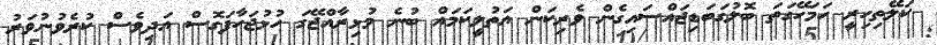
ކަލޭތިހިރީ ހަމަހޭގަތަ ބޮލުގަބަޑިޖައްސައިގެން ވެރިކަން އަތުލީކަމައް ބުނެ މުޅިރާއްޖޭގަ ހުޅުޖަހާފަގޮސް އަދިވެސް ކުރެވުނުވަރު